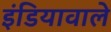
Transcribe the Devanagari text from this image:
इंडियावाले